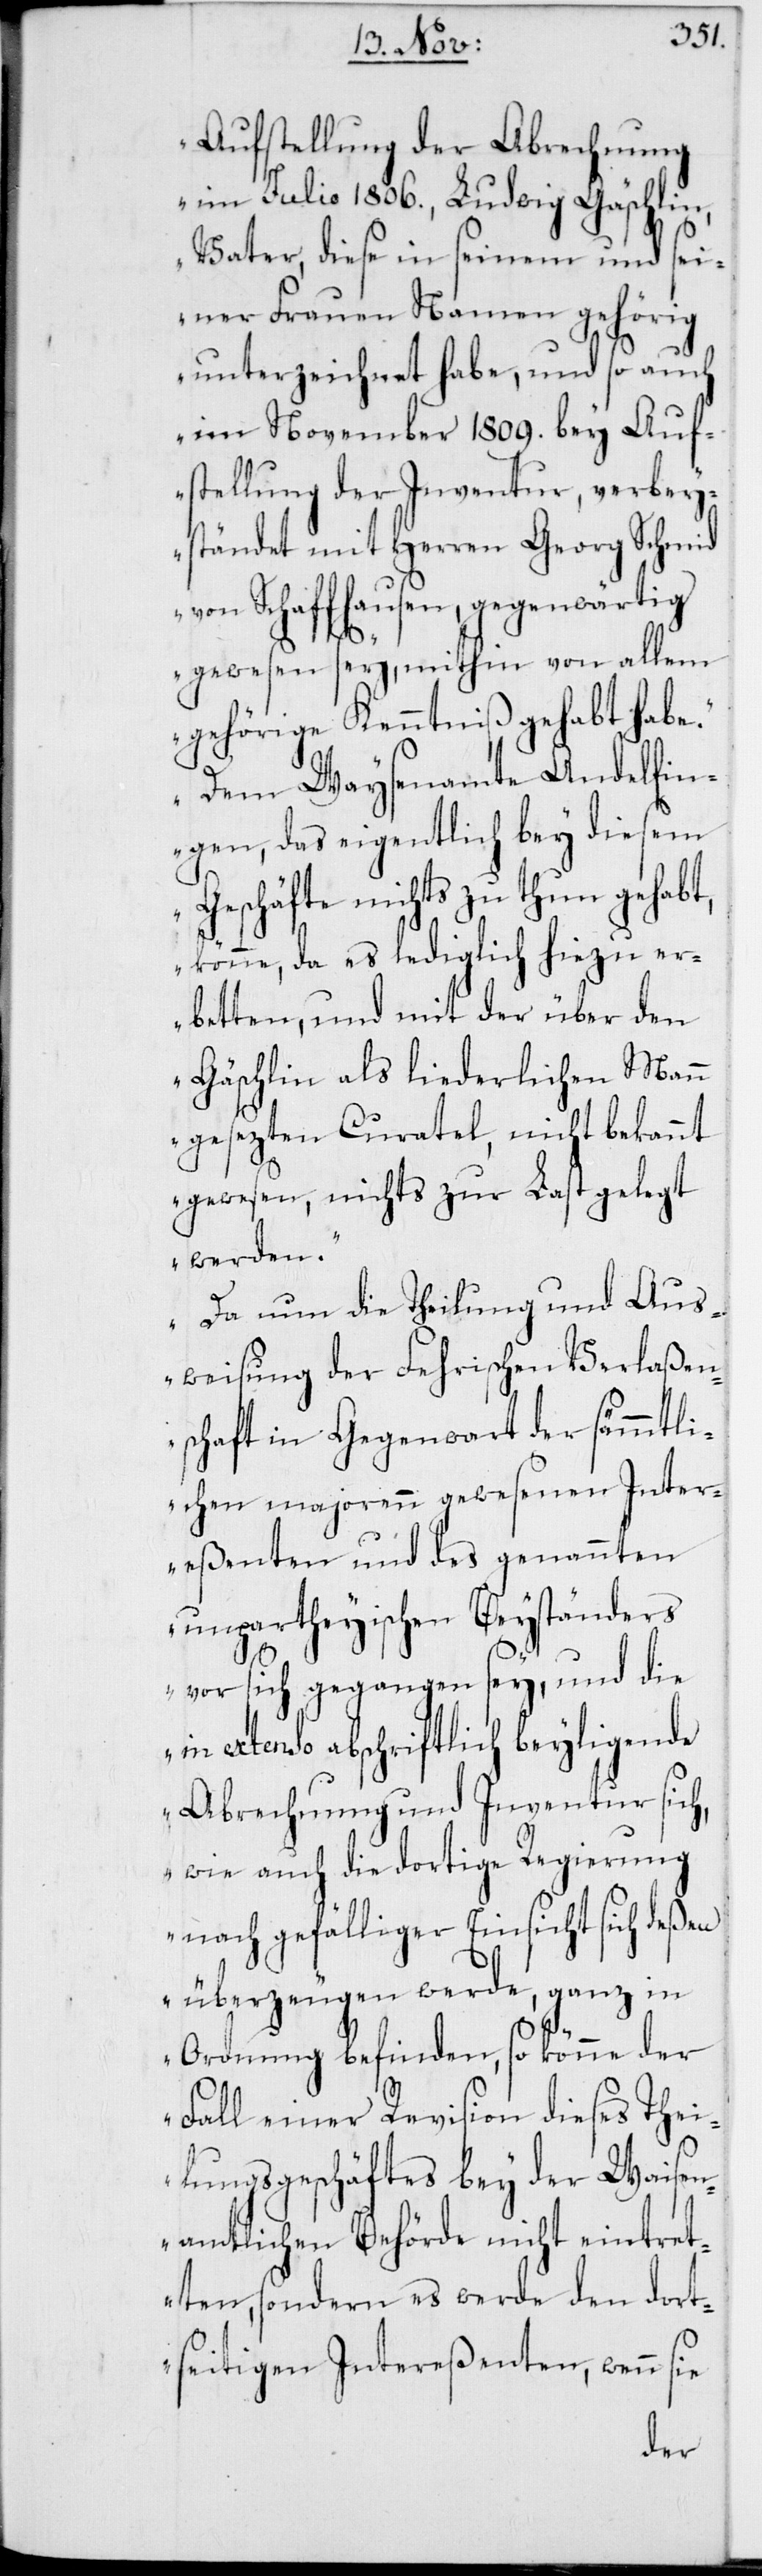
Aufstellung der Abrechnung
im Julio 1806., Ludwig Gäschlin,
Vater, diese in seinem und sei¬
ner Frauen Namen gehörig
unterzeichnet habe, und so auch
im November 1809. bey Auf¬
stellung der Inventur, verbey¬
ständet mit Herren Georg Schmid
von Schaffhausen, gegenwärtig
gewesen sey, mithin von allem
gehörige Kenntniß gehabt habe.
Dem Waysenamte Andelfin¬
gen, das eigentlich bey diesem
Geschäfte nichts zu tun gehabt,
könne, da es lediglich hiezu er¬
betten, und mit der über den
Gäschlin als liederlichen Mann
gesezten Curatel, nicht bekannt
gewesen, nichts zur Last gelegt
werden.
Da nun die Theilung und Aus¬
weisung der Fehrischen Verlaßen¬
schaft in Gegenwart der sämmtli¬
chen majorenn gewesenen Inter¬
eßenten und des genannten
unpartheyischen Beyständers
vor sich gegangen sey, und die
in extenso abschriftlich beyliegende
Abrechnung und Inventur sich,
wie auch die dortige Regierung
nach gefälliger Einsicht sich deßen
überzeugen werde, ganz in
Ordnung befinden, so könne der
Fall einer Revision dieses Thei¬
lungsgeschäftes bey der Waisen¬
amtlichen Behörde nicht eintret¬
ten, sondern es werde den dort¬
seitigen Intereßenten, wenn sie